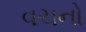
વચનો